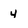
Character: 4